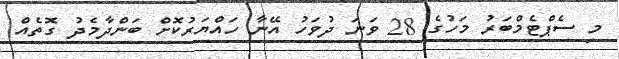
މި ސެޕްޓެމްބަރު މަހުގެ 28 ވަނަ ދުވަހު އޭނާ ހައްޔަރުކޮށް ބަންދާމެދު ގޮތެއް